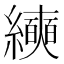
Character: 𰫵